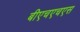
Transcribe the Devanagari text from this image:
बीएचएचएस